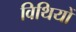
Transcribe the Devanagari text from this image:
विथियों